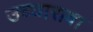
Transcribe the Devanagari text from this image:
उच्चारावा